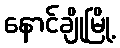
နောင်ချိုမြို့